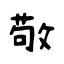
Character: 敬